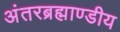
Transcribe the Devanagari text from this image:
अंतरब्रह्माण्डीय